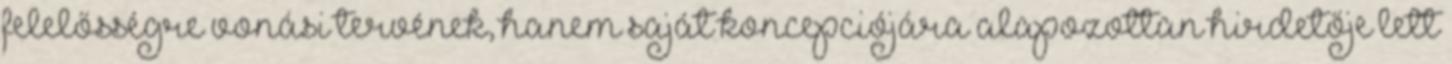
felelősségre vonási tervének, hanem saját koncepciójára alapozottan hirdetője lett